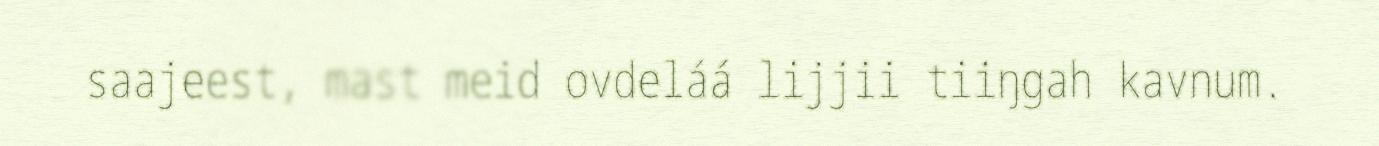
saajeest, mast meid ovdeláá lijjii tiiŋgah kavnum.